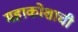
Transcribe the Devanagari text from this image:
महाकोशाची